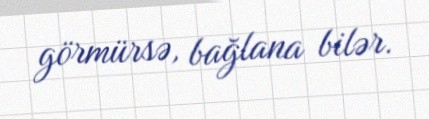
görmürsə, bağlana bilər.